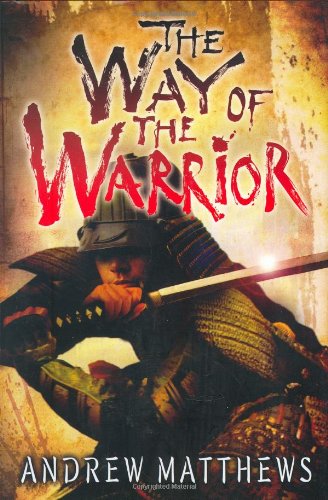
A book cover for The Way of the Warrior; Andrew Matthews; Teen & Young Adult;